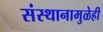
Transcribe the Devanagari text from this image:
संस्थानामुळेही